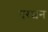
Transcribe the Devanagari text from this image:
दरशन